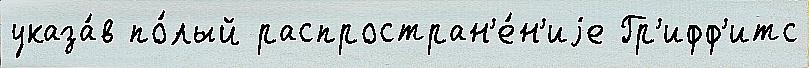
указа́в по́лый распростран'е́н'иjе Гр'ифф'итс